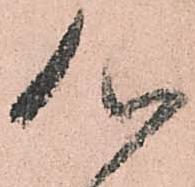
心